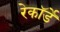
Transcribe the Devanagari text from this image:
रेकॉर्डे